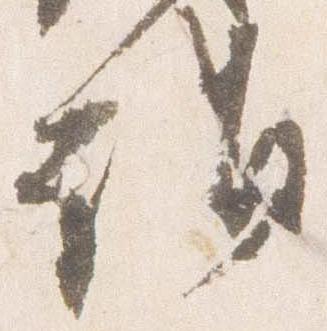
詣